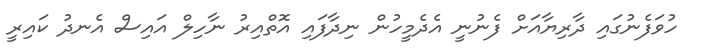
ހުވަފެނުގައި ދާރިޔާއަށް ފެނުނީ އެދެމީހުން ނިދާފައި އޮތްއިރު ނާހިލް އައިސް އެނދު ކައިރީ